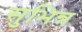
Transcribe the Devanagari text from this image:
सुभिन्न